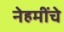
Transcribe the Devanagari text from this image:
नेहमींचे